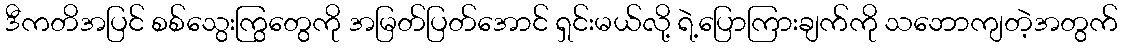
ဒီကတိအပြင် စစ်သွေးကြွတွေကို အမြတ်ပြတ်အောင် ရှင်းမယ်လို့ ရဲ့ပြောကြားချက်ကို သဘောကျတဲ့အတွက်